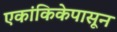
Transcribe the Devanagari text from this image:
एकांकिकेपासून